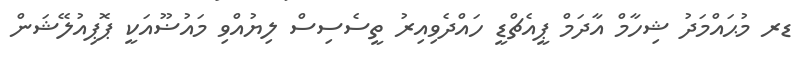
ޑރ މުޙައްމަދު ޝިހާމް އާދަމް ޕީއެޗްޑީ ހައްދެވިއިރު ތީސެސިސް ލިޔުއްވި މައުޟޫއަކީ ޕޮޕިއުލޭޝަން